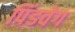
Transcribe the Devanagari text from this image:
पिंडवेग